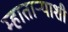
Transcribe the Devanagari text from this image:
म्हाताऱ्याशी